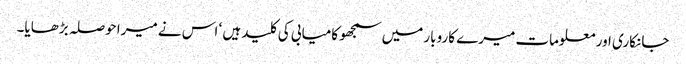
جانکاری اور معلومات میرے کاروبار میں سمجھو کامیابی کی کلید ہیں ‘ اس نے میرا حوصلہ بڑھایا۔